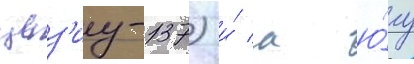
цез'иу-137) и́ к ю́гу